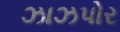
ઝાઝપોર